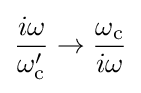
{\frac {i\omega }{\omega _{\text{c}}'}}\to {\frac {\omega _{\text{c}}}{i\omega }}